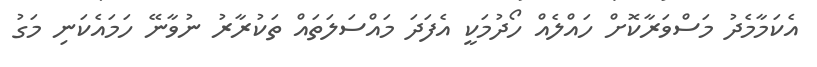
އެކަމާމެދު މަސްވަރާކޮށް ހައްލެއް ހޯދުމަކީ އެފަދަ މައްސަލަތައް ތަކުރާރު ނުވާނޭ ހަމައެކަނި މަގު